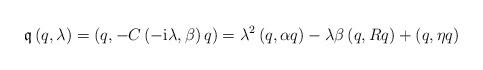
LaTeX: \begin{align*}\mathfrak{q}\left( q,\lambda\right) =\left( q,-C\left( -\mathrm{i}\lambda,\beta\right) q\right) =\lambda^{2}\left( q,\alpha q\right)-\lambda\beta\left( q,Rq\right) +\left( q,\eta q\right) \end{align*}